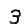
Digit: 3